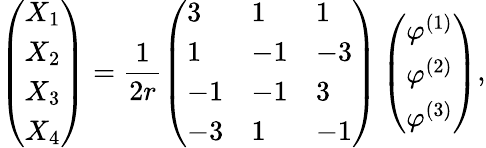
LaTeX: \left(\begin{array}{l}{{X_{1}}}\\ {{X_{2}}}\\ {{X_{3}}}\\ {{X_{4}}}\end{array}\right)=\frac{1}{2r}\left(\begin{array}{lll}{{3}}&{{1}}&{{1}}\\ {{1}}&{{-1}}&{{-3}}\\ {{-1}}&{{-1}}&{{3}}\\ {{-3}}&{{1}}&{{-1}}\end{array}\right)\left(\begin{array}{l}{{\varphi^{(1)}}}\\ {{\varphi^{(2)}}}\\ {{\varphi^{(3)}}}\end{array}\right),